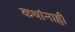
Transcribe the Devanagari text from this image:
कथांनाही